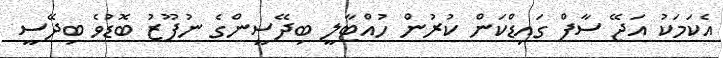
އެކަމަކު އަޖޭ ސާފް ގައިޑްކަން ކުރުން ހުއްޓާލީ ބިދޭސީންގެ ނުފޫޒު ބޮޑުވެ ބިދޭސީ